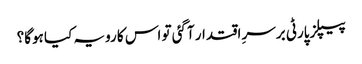
پیپلزپارٹی برسرِ اقتدار آگئی تو اس کا رویہ کیا ہوگا؟